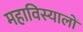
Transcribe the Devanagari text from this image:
महाविस्यालों